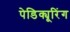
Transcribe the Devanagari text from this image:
पेडिक्यूरिंग